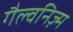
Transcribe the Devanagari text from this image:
गैल्वनिज़्म